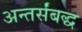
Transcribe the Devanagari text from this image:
अन्तर्संबद्ध